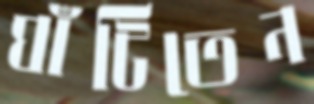
ঘাঁটিতেন